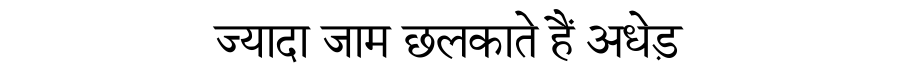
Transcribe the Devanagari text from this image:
ज्यादा जाम छलकाते हैं अधेड़